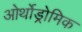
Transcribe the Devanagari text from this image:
ओर्थोड्रोमिक